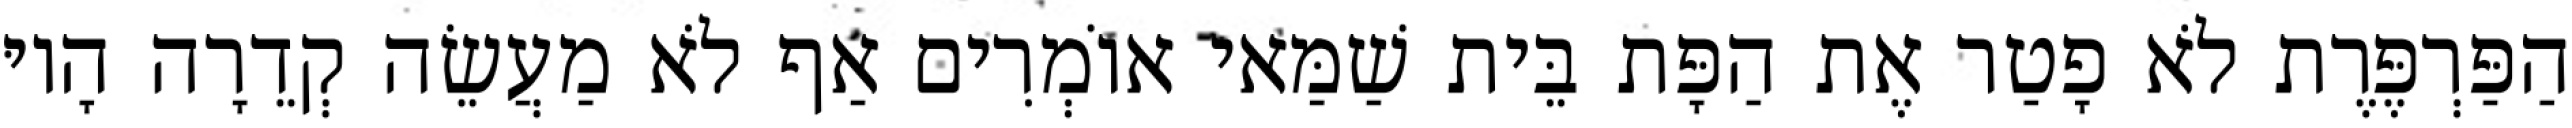
הַפַּרְפֶּרֶת לֹא פָטַר אֶת הַפָּת בֵּית שַׁמַּאי אוֹמְרִים אַף לֹא מַעֲשֵׂה קְדֵרָה הָיוּ